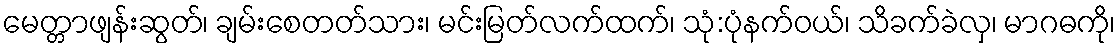
မေတ္တာဖျန်းဆွတ်၊ ချမ်းစေတတ်သား၊ မင်းမြတ်လက်ထက်၊ သုံ:ပုံနက်ဝယ်၊ သိခက်ခဲလှ၊ မာဂဓကို၊